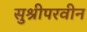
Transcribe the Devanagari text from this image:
सुश्रीपरवीन